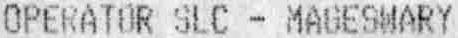
OPERATOR SLC - MAGESWARY